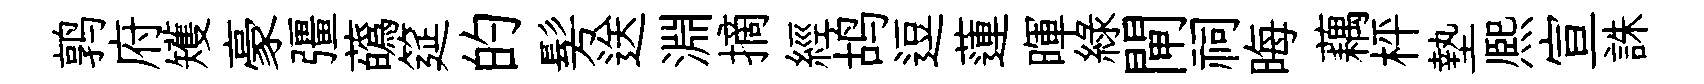
鹑府矱豪彊蘤筵的髣送淵摘經鸪逗蓮暉綠閘祠晦藕枰墊熈宣誅